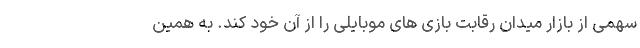
سهمی از بازار میدان رقابت بازی های موبایلی را از آنِ خود کند. به همین